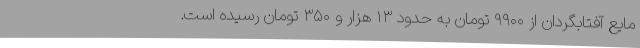
مایع آفتابگردان از ۹۹۰۰ تومان به حدود ۱۳ هزار و ۳۵۰ تومان رسیده است.